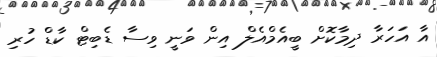
އާ އަހަރާ ދިމާކޮށް ބީއެމްއެލް އިން ވަނީ ވިސާ ޑެބިޓް ކާޑް ހުރި